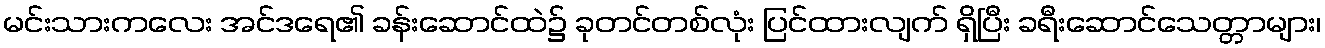
မင်းသားကလေး အင်ဒရေ၏ ခန်းဆောင်ထဲ၌ ခုတင်တစ်လုံး ပြင်ထားလျက် ရှိပြီး ခရီးဆောင်သေတ္တာများ၊